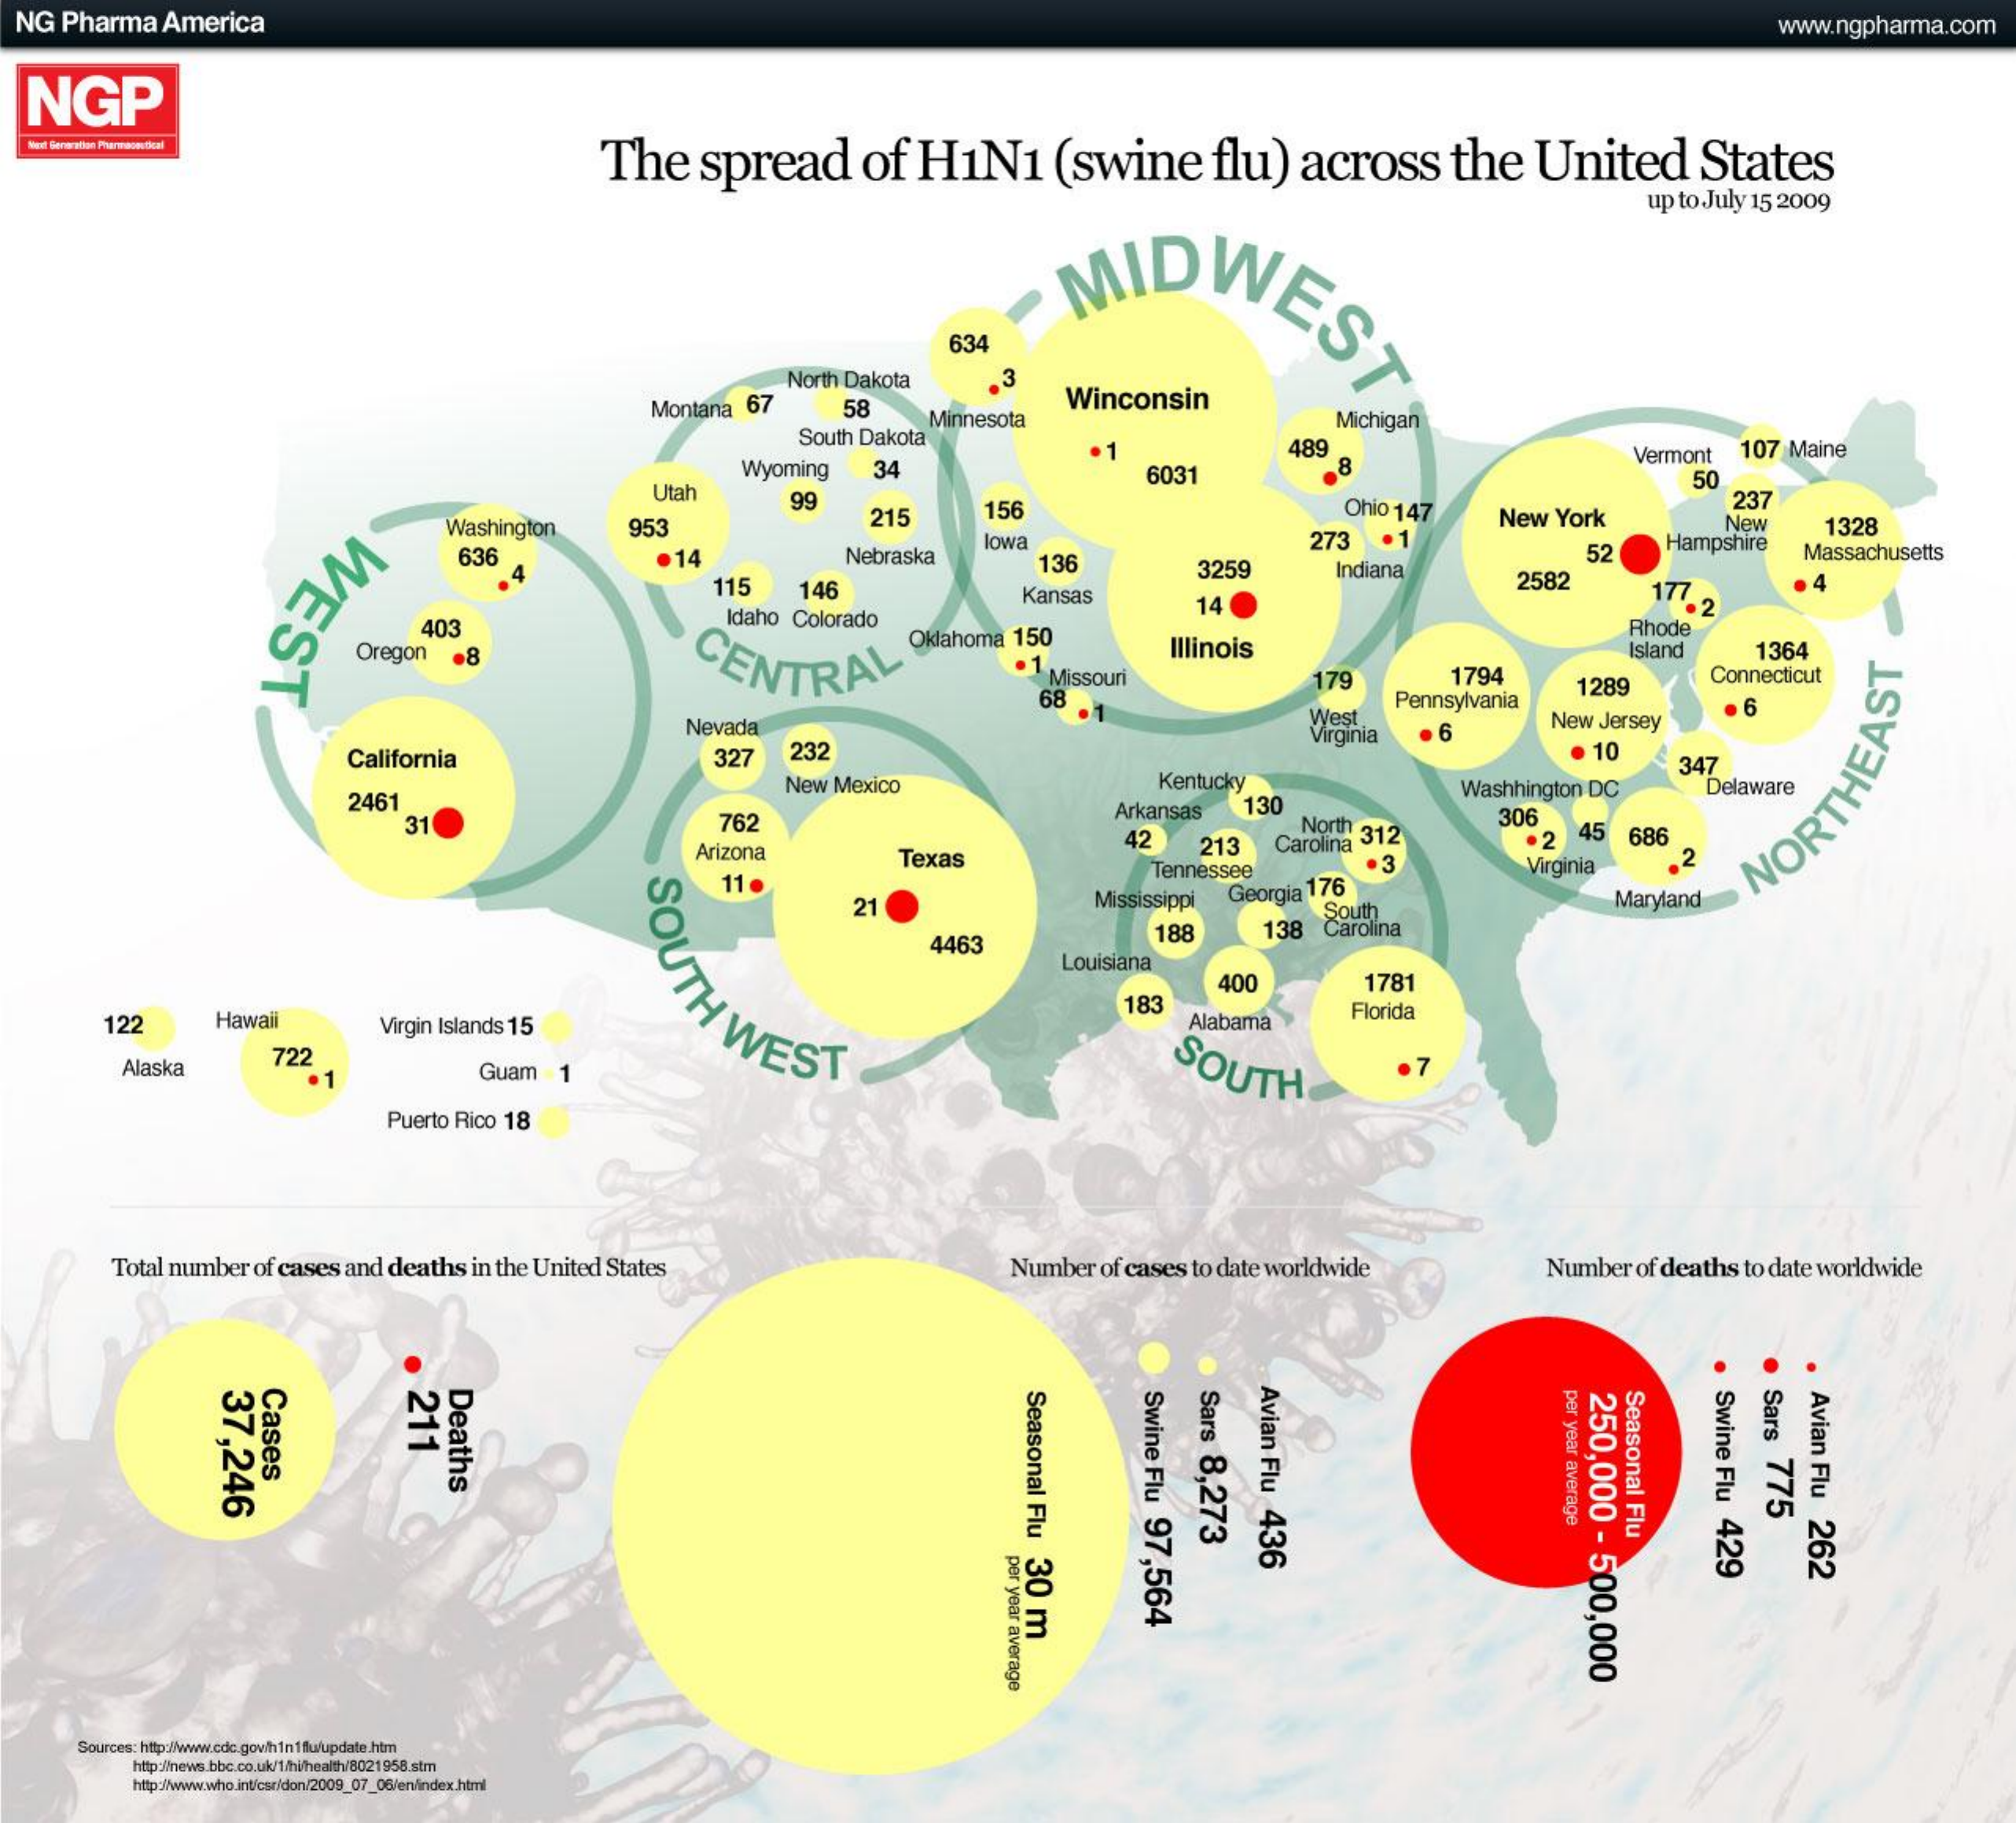
NG Pharma America    www.ngpharma.com
  NGP
     The  spread   of H1N1    (swine   flu) across  the  United   States
     up to July 15 2009
     MIDWEST
     634
     North Dakota 3
     Montana 67 58    Winconsin
     South Dakota
     Minnesota    Michigan
     Wyoming 34
     489
     6031
     B
     Vermont 107 Maine
     Utah   99
     50
     237
     Washington 953
     215   156    Ohio 147 New York    New   1328
     636    14    Nebraska
     lowa    273
     136
     Hampshire
     WEST
     115  146
     3259    Indiana
     52    Massachusetts
     Kansas
     2582
     14
     177
     Oregon
     403    Idaho Colorado
     2
     8    CENTRAL    Oklahoma 150  Illinois
     Rhode
     Island 1364
     Missouri    179    1794
     Pennsylvania
     1289    Connecticut
     68
     Nevada
     West    New Jersey
     California    327 232
     Virginia 6
     10
     New Mexico    Kentucky
     347
     2461    130
     Washhington DC Delaware
     31    762    Arkansas
     North    306
     Arizona
     45
     SOUTH
     WEST
     Texas
     42  213 Carolina 312  . 2   686
     11
     Tennessee    Virginia 2
     21    Mississippi Georgia 176
     South
     Maryland
     NORTHEAST
     4463    188   138 Carolina
     Louisiana
     400    1781
     122   Hawaii    Virgin Islands 15
     183
     Alabama
     Florida
     Alaska
     722    SOUTH Guam 1
     Puerto Rico 18
     Total number of cases and deaths in the United States Number of cases to date worldwide Number of deaths to date worldwide
     211    Avian
     Flu
     436
     per
     year
     average
     37,246    250,000
     -
     500,000
     Deaths    Sars
     8,273
     Swine
     Flu
     429
     Sars
     775
     Cases    Swine
     Flu
     97,564
     Avian
     Flu
     262
     Seasonal
     Flu
     30
     m
     Seasonal
     Flu
     per
     year
     average